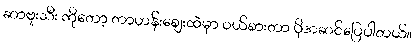
ဆာဗူးသီး ကိုတော့ တာဟန်းဈေးထဲမှာ ဝယ်စားတာ ပိုအဆင်ပြေပါတယ်။